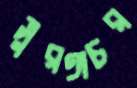
সুরঙ্গচর